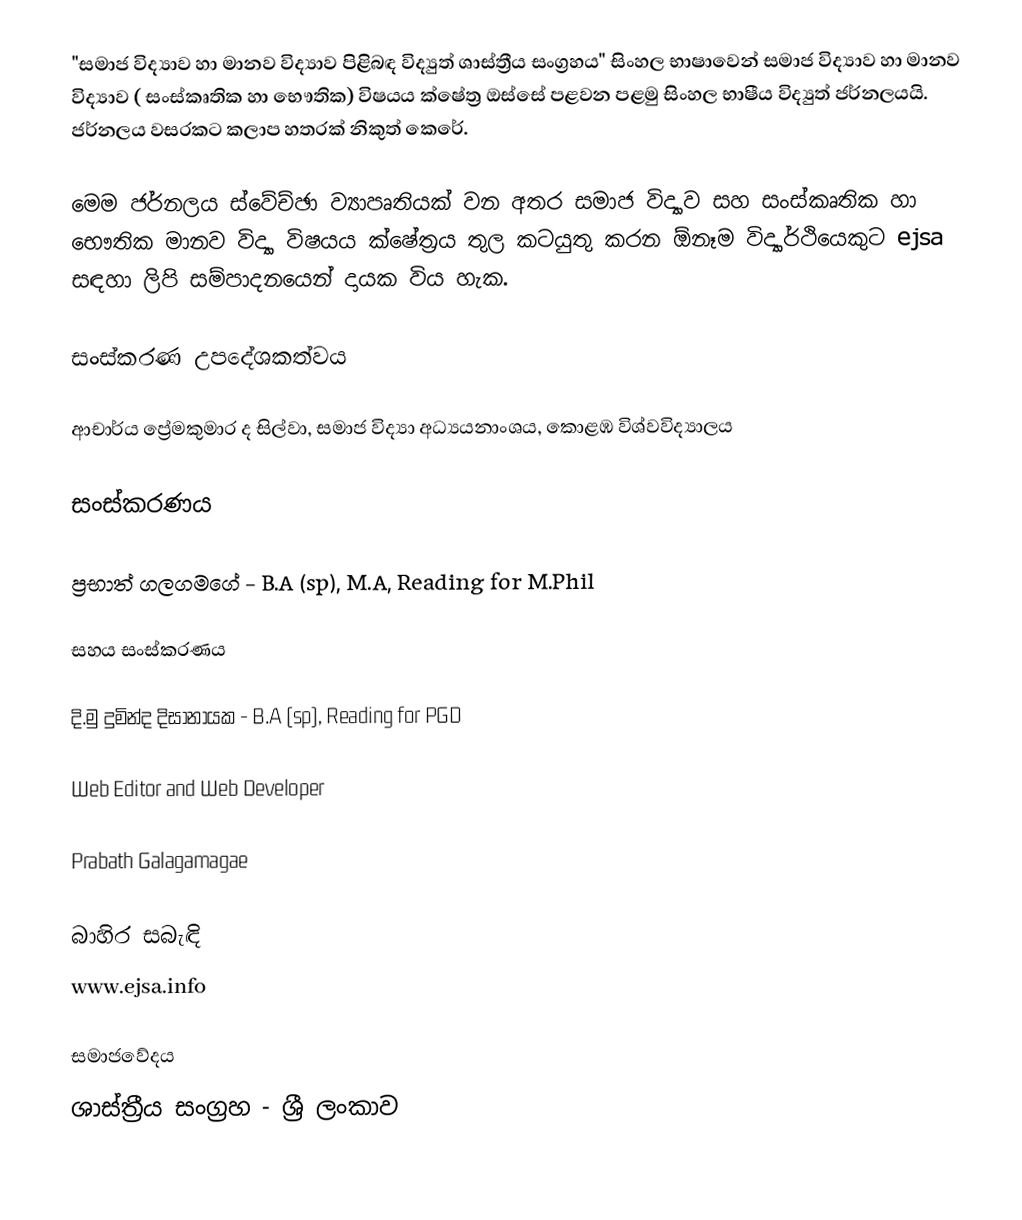
"සමාජ විද්‍යාව හා මානව විද්‍යාව පිළිබඳ විද්‍යුත් ශාස්ත්‍රීය සංග්‍රහය" සිංහල භාෂාවෙන් සමාජ විද්‍යාව හා මානව විද්‍යාව ( සංස්කෘතික හා භෞතික) විෂයය ක්ෂේත්‍ර ඔස්සේ පළවන පළමු සිංහල භාෂීය විද්‍යුත් ජර්නලයයි. ජර්නලය වසරකට කලාප හතරක් නිකුත් කෙරේ.

මෙම ජර්නලය ස්වේච්ඡා ව්‍යාපෘතියක් වන අතර සමාජ විද්‍යාව සහ සංස්කෘතික හා භෞතික මානව විද්‍යා විෂයය ක්ෂේත්‍රය තුල කටයුතු කරන ඕනෑම විද්‍යාර්ථියෙකුට ‍ejsa සඳහා ලිපි සම්පාදනයෙන් දායක විය හැක.

සංස්කරණ උපදේශකත්වය

ආචාර්ය ප්‍රේමකුමාර ද සිල්වා, සමාජ විද්‍යා අධ්‍යයනාංශය, කොළඹ විශ්වවිද්‍යාලය

සංස්කරණය

ප්‍රභාත් ගලගමගේ - B.A (sp), M.A, Reading for M.Phil

සහය සංස්කරණය

දි.මු දුමින්ද දිසානායක - B.A (sp), Reading for PGD

Web Editor and Web Developer

Prabath Galagamagae

බාහිර සබැඳි
 www.ejsa.info

සමාජවේදය
ශාස්ත්‍රීය සංග්‍රහ - ශ්‍රී ලංකාව